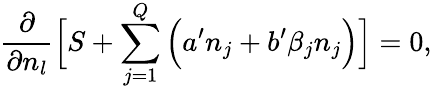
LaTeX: \frac{\partial}{\partial n_{l}}\Big[S+\sum_{j=1}^{Q}\Big(a^{\prime}n_{j}+b^{\prime}\beta_{j}n_{j}\Big)\Big]=0,